Report on the administration of the Government Cinchona Department 1892-98
Year: 1892
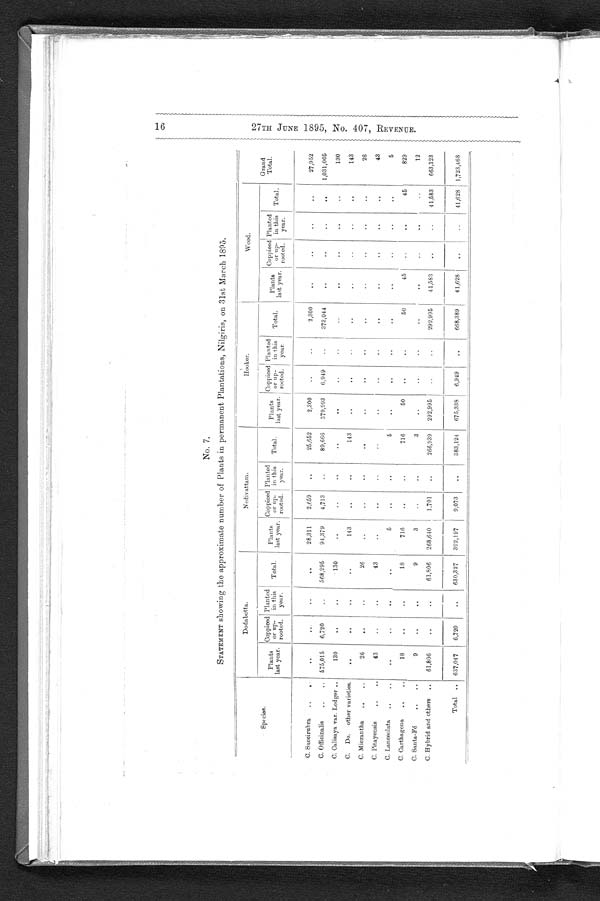
16
27TH JUNE 1895, NO. 407, REVENUE.
No, 7.
STATEMENT showing the approximate number of Plants in permanent Plantations, Nilgiris, on 31st March 1895.
Species.
Dodabetta.
Nedivattam.
Hooker.
Wood.
Grand
Total.
Plants
last year.
Coppiced
or up-
rooted.
Planted
in this
year.
Total.
Plants
last year. C o p p i c e d
o r u p -
r o o t e d .
Planted
in this
year.
Total.
Plants
last year.
Coppiced
or up-rooted.
Planted
in this
year.
Total.
Plants
last year.
Coppiced or up-
rooted.
Planted
in this
year.
Total.
C. Succirubra
..
. .
. .
..
. . 28,311
2,659
..
25,652
2,300
..
..
2,300
. .
. .
..
. .
27,952
C. Officinalis
..
..
575,015
6,720
..
568,295
94,379
4,713
..
89, 666
379,993
6,949
..
373,044
. .
. .
..
. .
1,031,005
C. Calisaya var. Ledger ..
130
. .
..
130
..
..
..
..
..
..
.
.
. .
. .
..
. .
130
C. Do. other varieties.
. .
. .
..
..
143
. .
. .
143
..
..
..
..
..
..
. .
143
C. Micrantha
26
. .
..
26
..
..
. .
. . .
.
.
. .
. .
. .
..
. .
. .
26
C. Pitayensis
..
..
43
..
..
43
..
..
. .
. . .
..
. .
. .
. .
. .
. .
. .
43
C. Lanceolata
..
..
. .
. .
. .
. . .
5
. .
..
5
..
. .
..
..
..
..
. .
5
C. Carthagena
..
..
18
. .
. .
18
716
..
..
716
50
. .
50
45
..
. .
45
829
C. Santa-Fé
..
. .
9
. .
. .
9
3
. .
..
3
..
..
..
. .
. .
. .
.. .
12
C. Hybrid and others ..
61,806
. .
. .
61,806
268,640
1,701
..
266,939
292,995
..
292, 995
41,583
..
..
41,583
663,323
Total .. 637,047
6,720
. .
630, 327
392,197
9,073
..
383,124
675,338
6, 949
..
668,389
41,628
..
..
41,628
1,723,468